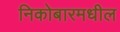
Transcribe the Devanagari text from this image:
निकोबारमधील